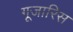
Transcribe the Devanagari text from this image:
गूजारिस